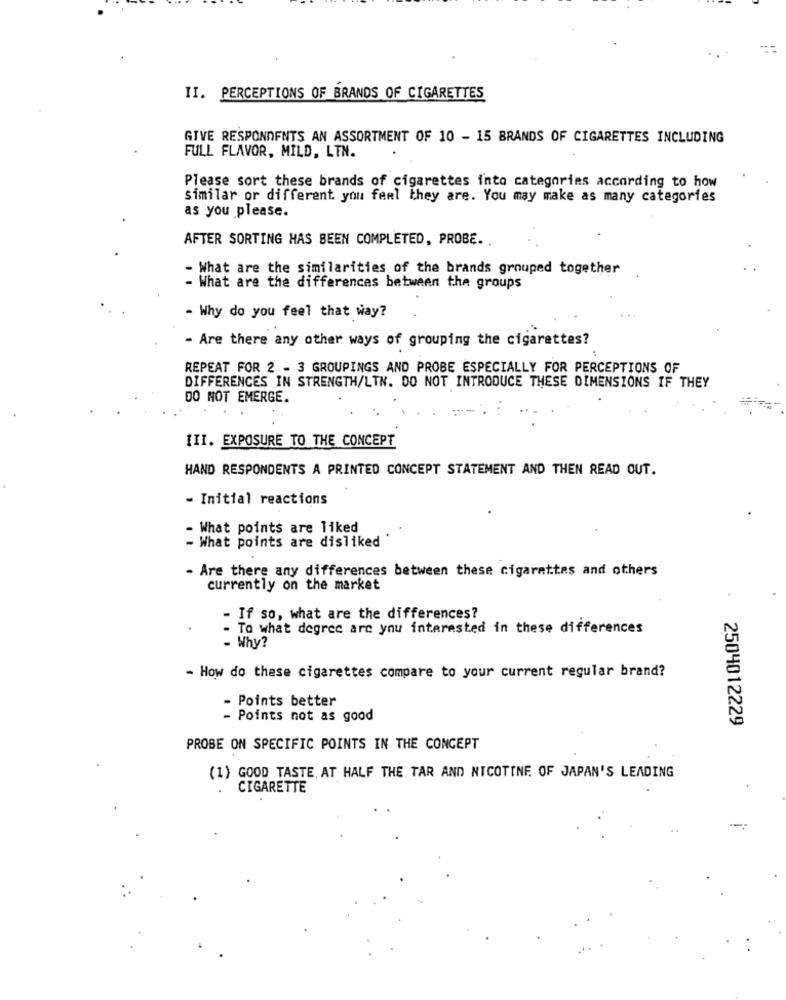
II. PERCEPTIONS OF BRANDS OF CIGARETTES
GIVE RESPONDENTS AN ASSORTMENT OF 10 - 15 BRANDS OF CIGARETTES INCLUDING
FULL FLAVOR, MILD, LTN.
Please sort these brands of cigarettes into categories according to how
similar or different. you feel they are. You may make as many categories
as you please.
AFTER SORTING HAS BEEN COMPLETED, PROBE.
- What are the similarities of the brands grouped together
- What are the differences between the groups
- Why do you feel that way?
- Are there any other ways of grouping the cigarettes?
REPEAT FOR 2 - 3 GROUPINGS AND PROBE ESPECIALLY FOR PERCEPTIONS OF
DIFFERENCES IN STRENGTH/LTN. DO NOT INTRODUCE THESE DIMENSIONS IF THEY
DO NOT EMERGE.
III. EXPOSURE TO THE CONCEPT
HAND RESPONDENTS A PRINTED CONCEPT STATEMENT AND THEN READ OUT.
- Initial reactions
- What points are liked
- What points are disliked
- Are there any differences between these cigarettes and others
currently on the market
.
- If so, what are the differences?
- To what degree are you interested in these differences
- Why?
- How do these cigarettes compare to your current regular brand?
- Points better
- Points not as good
2504012229
PROBE ON SPECIFIC POINTS IN THE CONCEPT
(1) GOOD TASTE, AT HALF THE TAR AND NICOTINE OF JAPAN'S LEADING
CIGARETTE
-